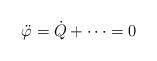
LaTeX: \begin{align*}{\ddot \varphi} = {\dot Q}+ \dots =0 \end{align*}